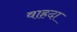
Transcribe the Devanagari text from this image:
वाहदा